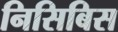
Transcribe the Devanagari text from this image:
निसिबिस